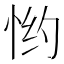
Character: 𱞔